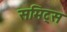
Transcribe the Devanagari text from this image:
समिट्स